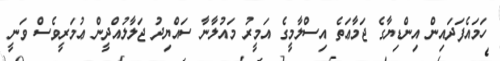
ހަމައެފަދައިން އިންޑިޔާގެ ޖަމާޢަތެ އިސްލާމީގެ އަމީރު މައުލާނާ ސައްޔިދު ޖަލާލުއްދީން ޢުމަރީވެސް ވަނީ